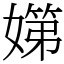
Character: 𡠨